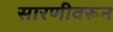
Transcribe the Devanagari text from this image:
सारणीवरून